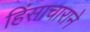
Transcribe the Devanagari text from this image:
हिंसाचाराने